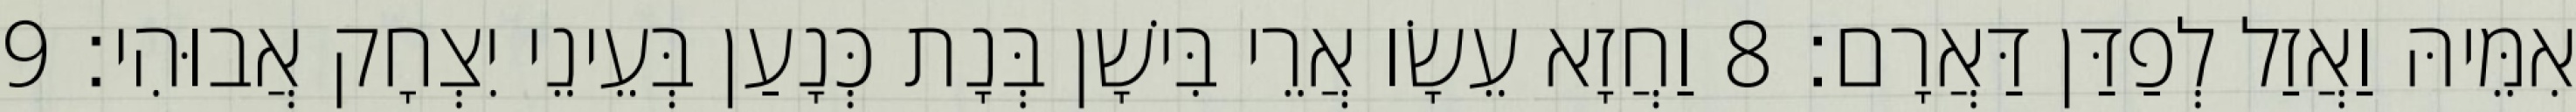
אִמֵּיהּ וַאֲזַל לְפַדַּן דַּאֲרָם׃ 8 וַחֲזָא עֵשָׂו אֲרֵי בִּישָׁן בְּנָת כְּנָעַן בְּעֵינֵי יִצְחָק אֲבוּהִי׃ 9